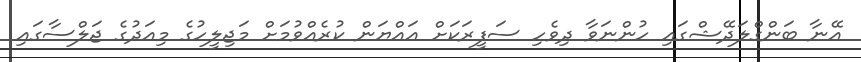
އޭނާ ބަންގްލަދޭޝްގައި ހުންނަވާ ދިވެހި ސަފީރަކަށް އައްޔަން ކުރެއްވުމަށް މަޖިލީހުގެ މިއަދުގެ ޖަލްސާގައި